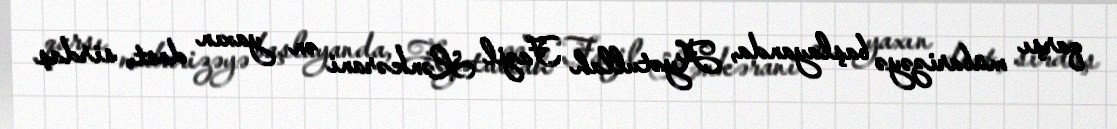
qarşı mübarizəyə başlayanda, Ayətullah Fazil Lənkərani ən yaxın dost, sirdaş